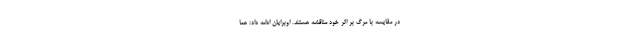
در مقایسه با مرگ بر اثر خود مناقشه هستند. اوبرایان ادامه داد: هما